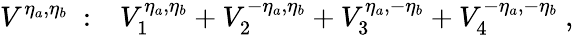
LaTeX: V^{\eta_{a},\eta_{b}}\ :\ \ \ V_{1}^{\eta_{a},\eta_{b}}+V_{2}^{-\eta_{a},\eta_{b}}+V_{3}^{\eta_{a},-\eta_{b}}+V_{4}^{-\eta_{a},-\eta_{b}}\ ,